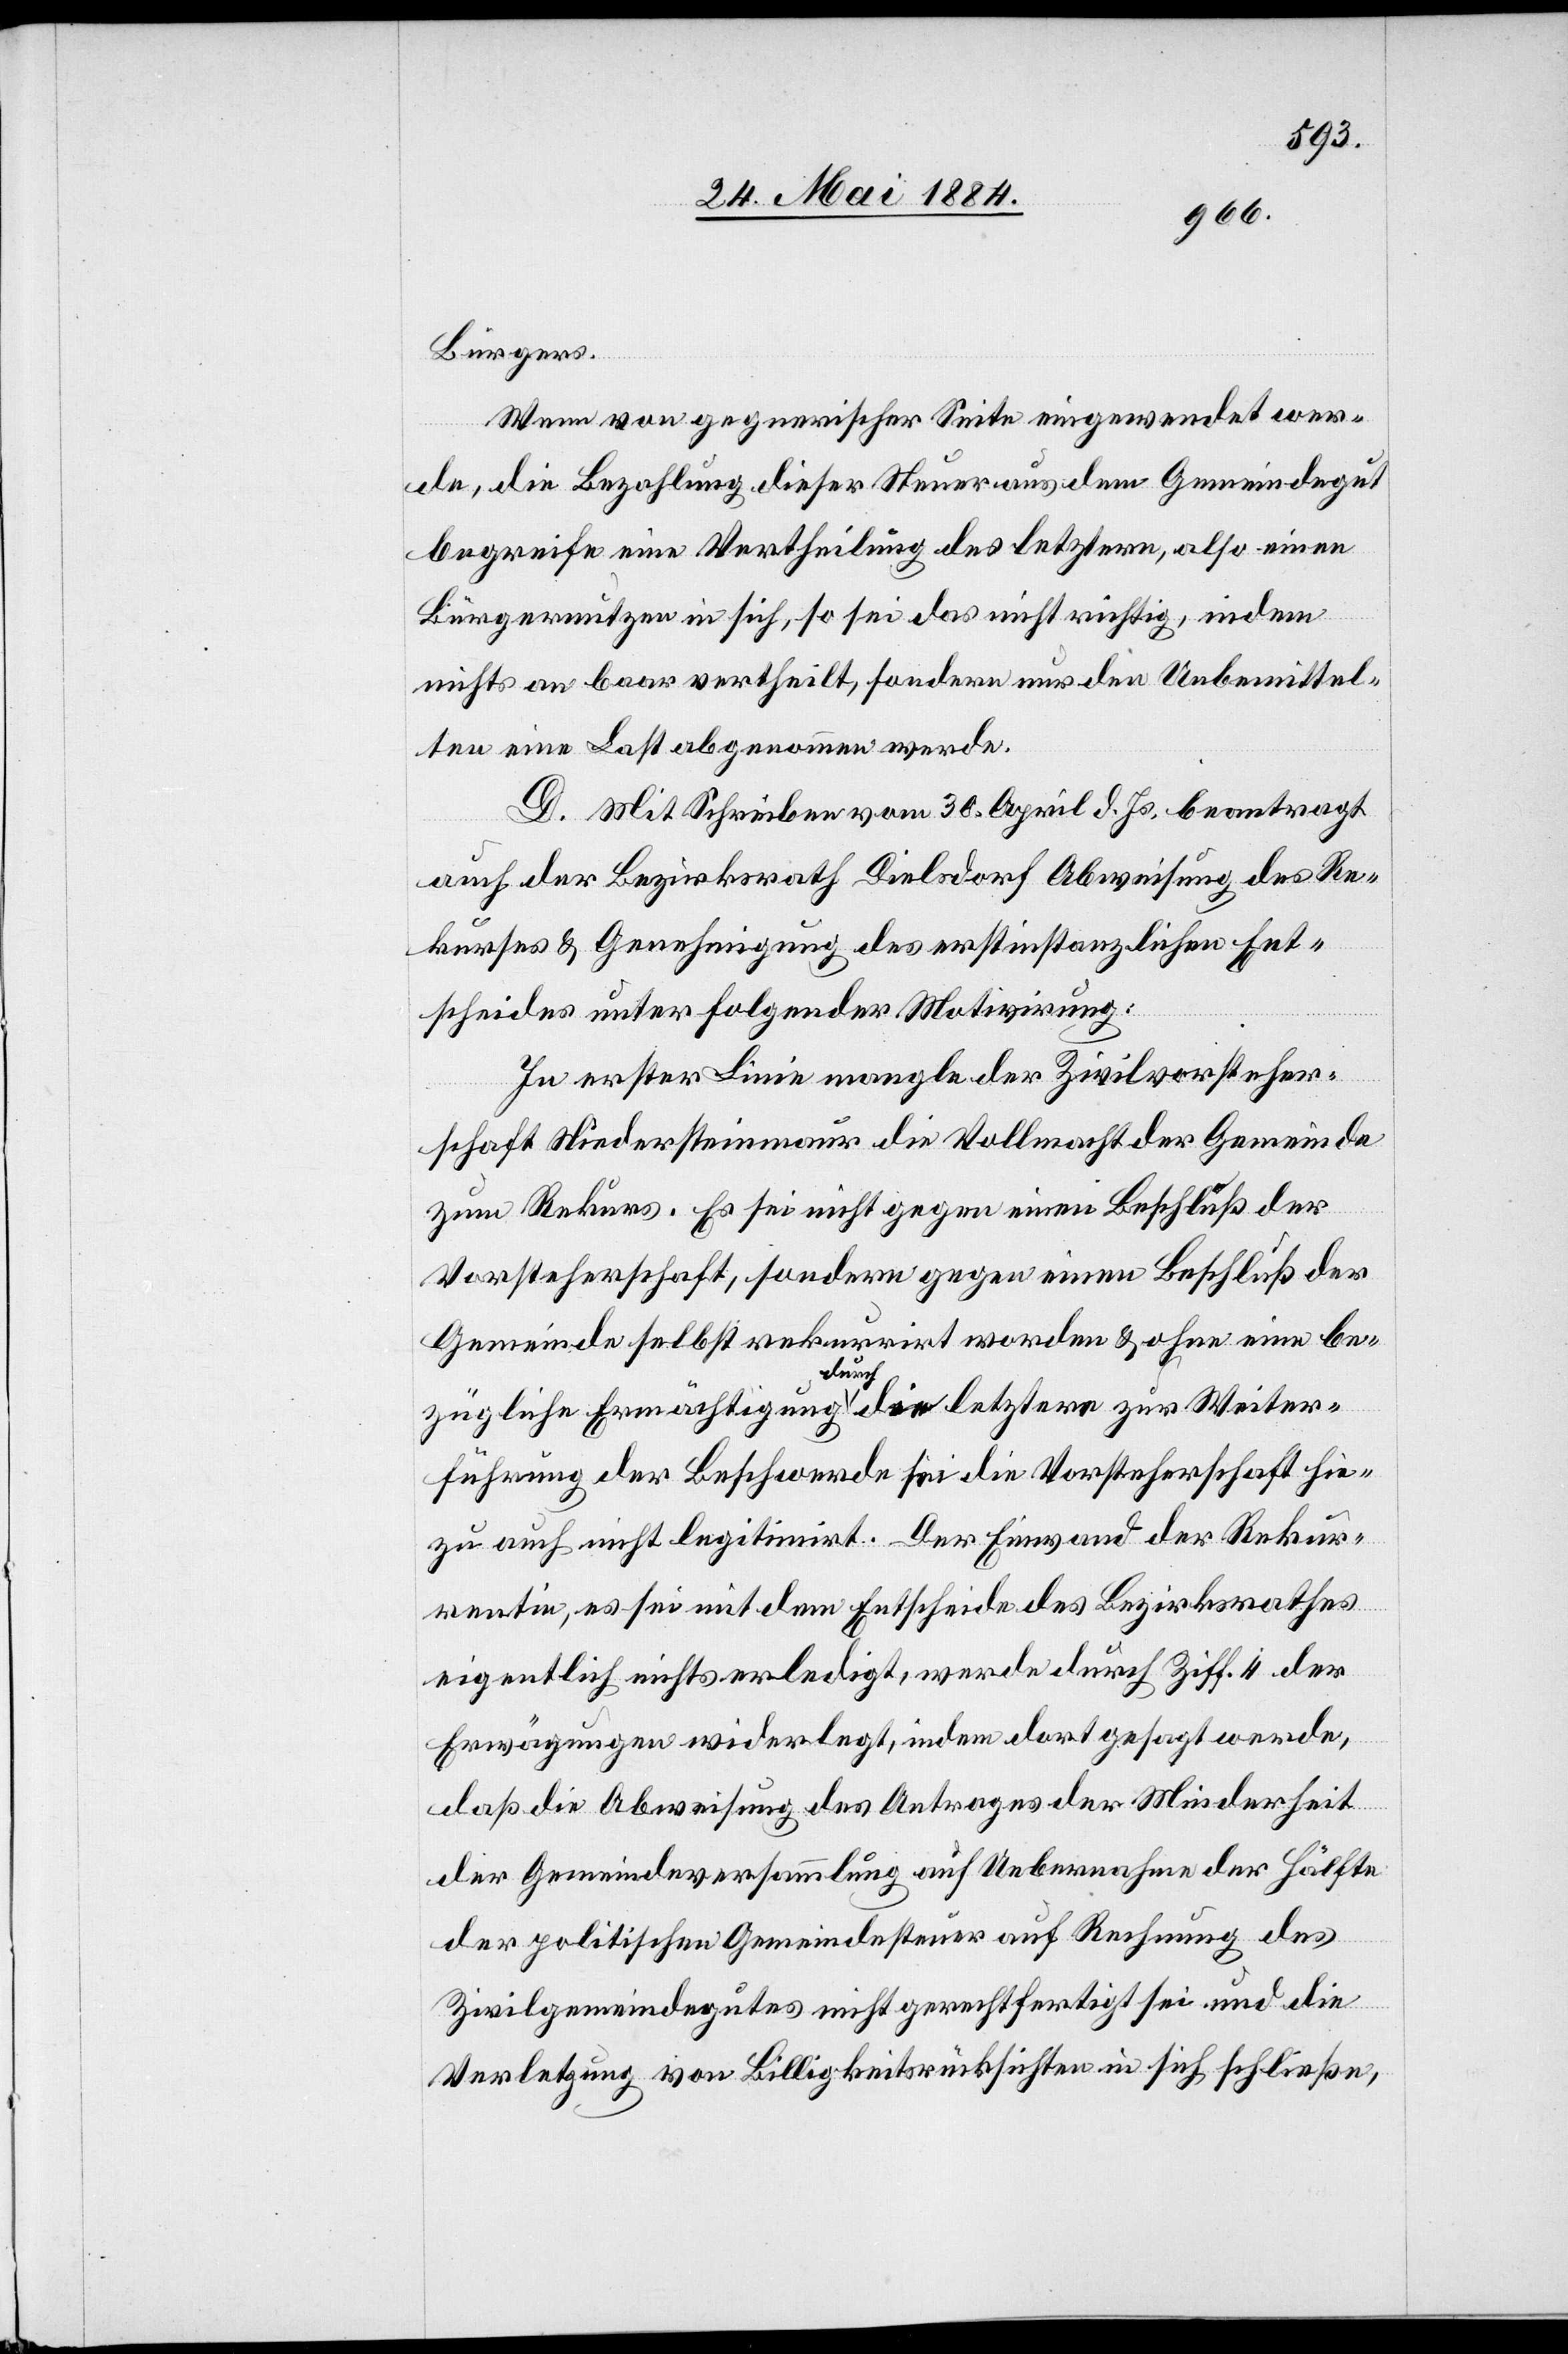
Bürgers.
Wenn von gegnerischer Seite eingewendet wer¬
de, die Bezahlung dieser Steuer aus dem Gemeindegut
begreife eine Vertheilung des letztern, also einen
Bürgernutzen in sich, so sei das nicht richtig, indem
nichts an baar vertheilt, sondern nur den Unbemittel¬
ten eine Last abgenommen werde.
D. Mit Schreiben vom 30. April d. Js. beantragt
auch der Bezirksrath Dielsdorf Abweisung des Re¬
kurses & Genehmigung des erstinstanzlichen Ent¬
scheides unter folgender Motivirung:
In erster Linie mangle der Zivilvorsteher¬
schaft Niedersteinmaur die Vollmacht der Gemeinde
zum Rekurs. Es sei nicht gegen einen Beschluß der
Vorsteherschaft, sondern gegen einen Beschluß der
Gemeinde selbst rekurrirt worden & ohne eine be¬
zügliche Ermächtigung durch die letztere zur Weiter¬
führung der Beschwerde sei die Vorsteherschaft hie¬
zu auch nicht legitimirt. Der Einwand der Rekur¬
rentin, es sei mit dem Entscheide des Bezirksrathes
eigentlich nichts erledigt, werde durch Ziff. 4 der
Erwägungen widerlegt, indem dort gesagt werde,
daß die Abweisung des Antrages der Minderheit
der Gemeindeversammlung auf Uebernahme der Hälfte
der politischen Gemeindesteuer auf Rechnung des
Zivilgemeindegutes nicht gerechtfertigt sei und die
Verletzung von Billigkeitsrücksichten in sich schließe,